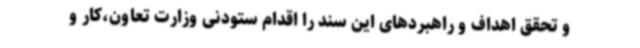
و تحقق اهداف و راهبردهای این سند را اقدام ستودنی وزارت تعاون،کار و